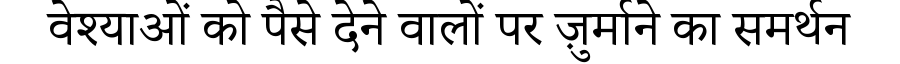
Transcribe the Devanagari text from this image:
वेश्याओं को पैसे देने वालों पर ज़ुर्माने का समर्थन